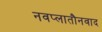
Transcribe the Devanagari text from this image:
नवप्लातौनवाद